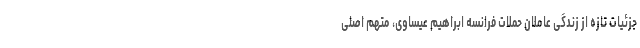
جزئیات تازه از زندگی عاملان حملات فرانسه ابراهیم عیساوی، متهم اصلی